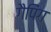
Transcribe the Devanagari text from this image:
गैपिंग